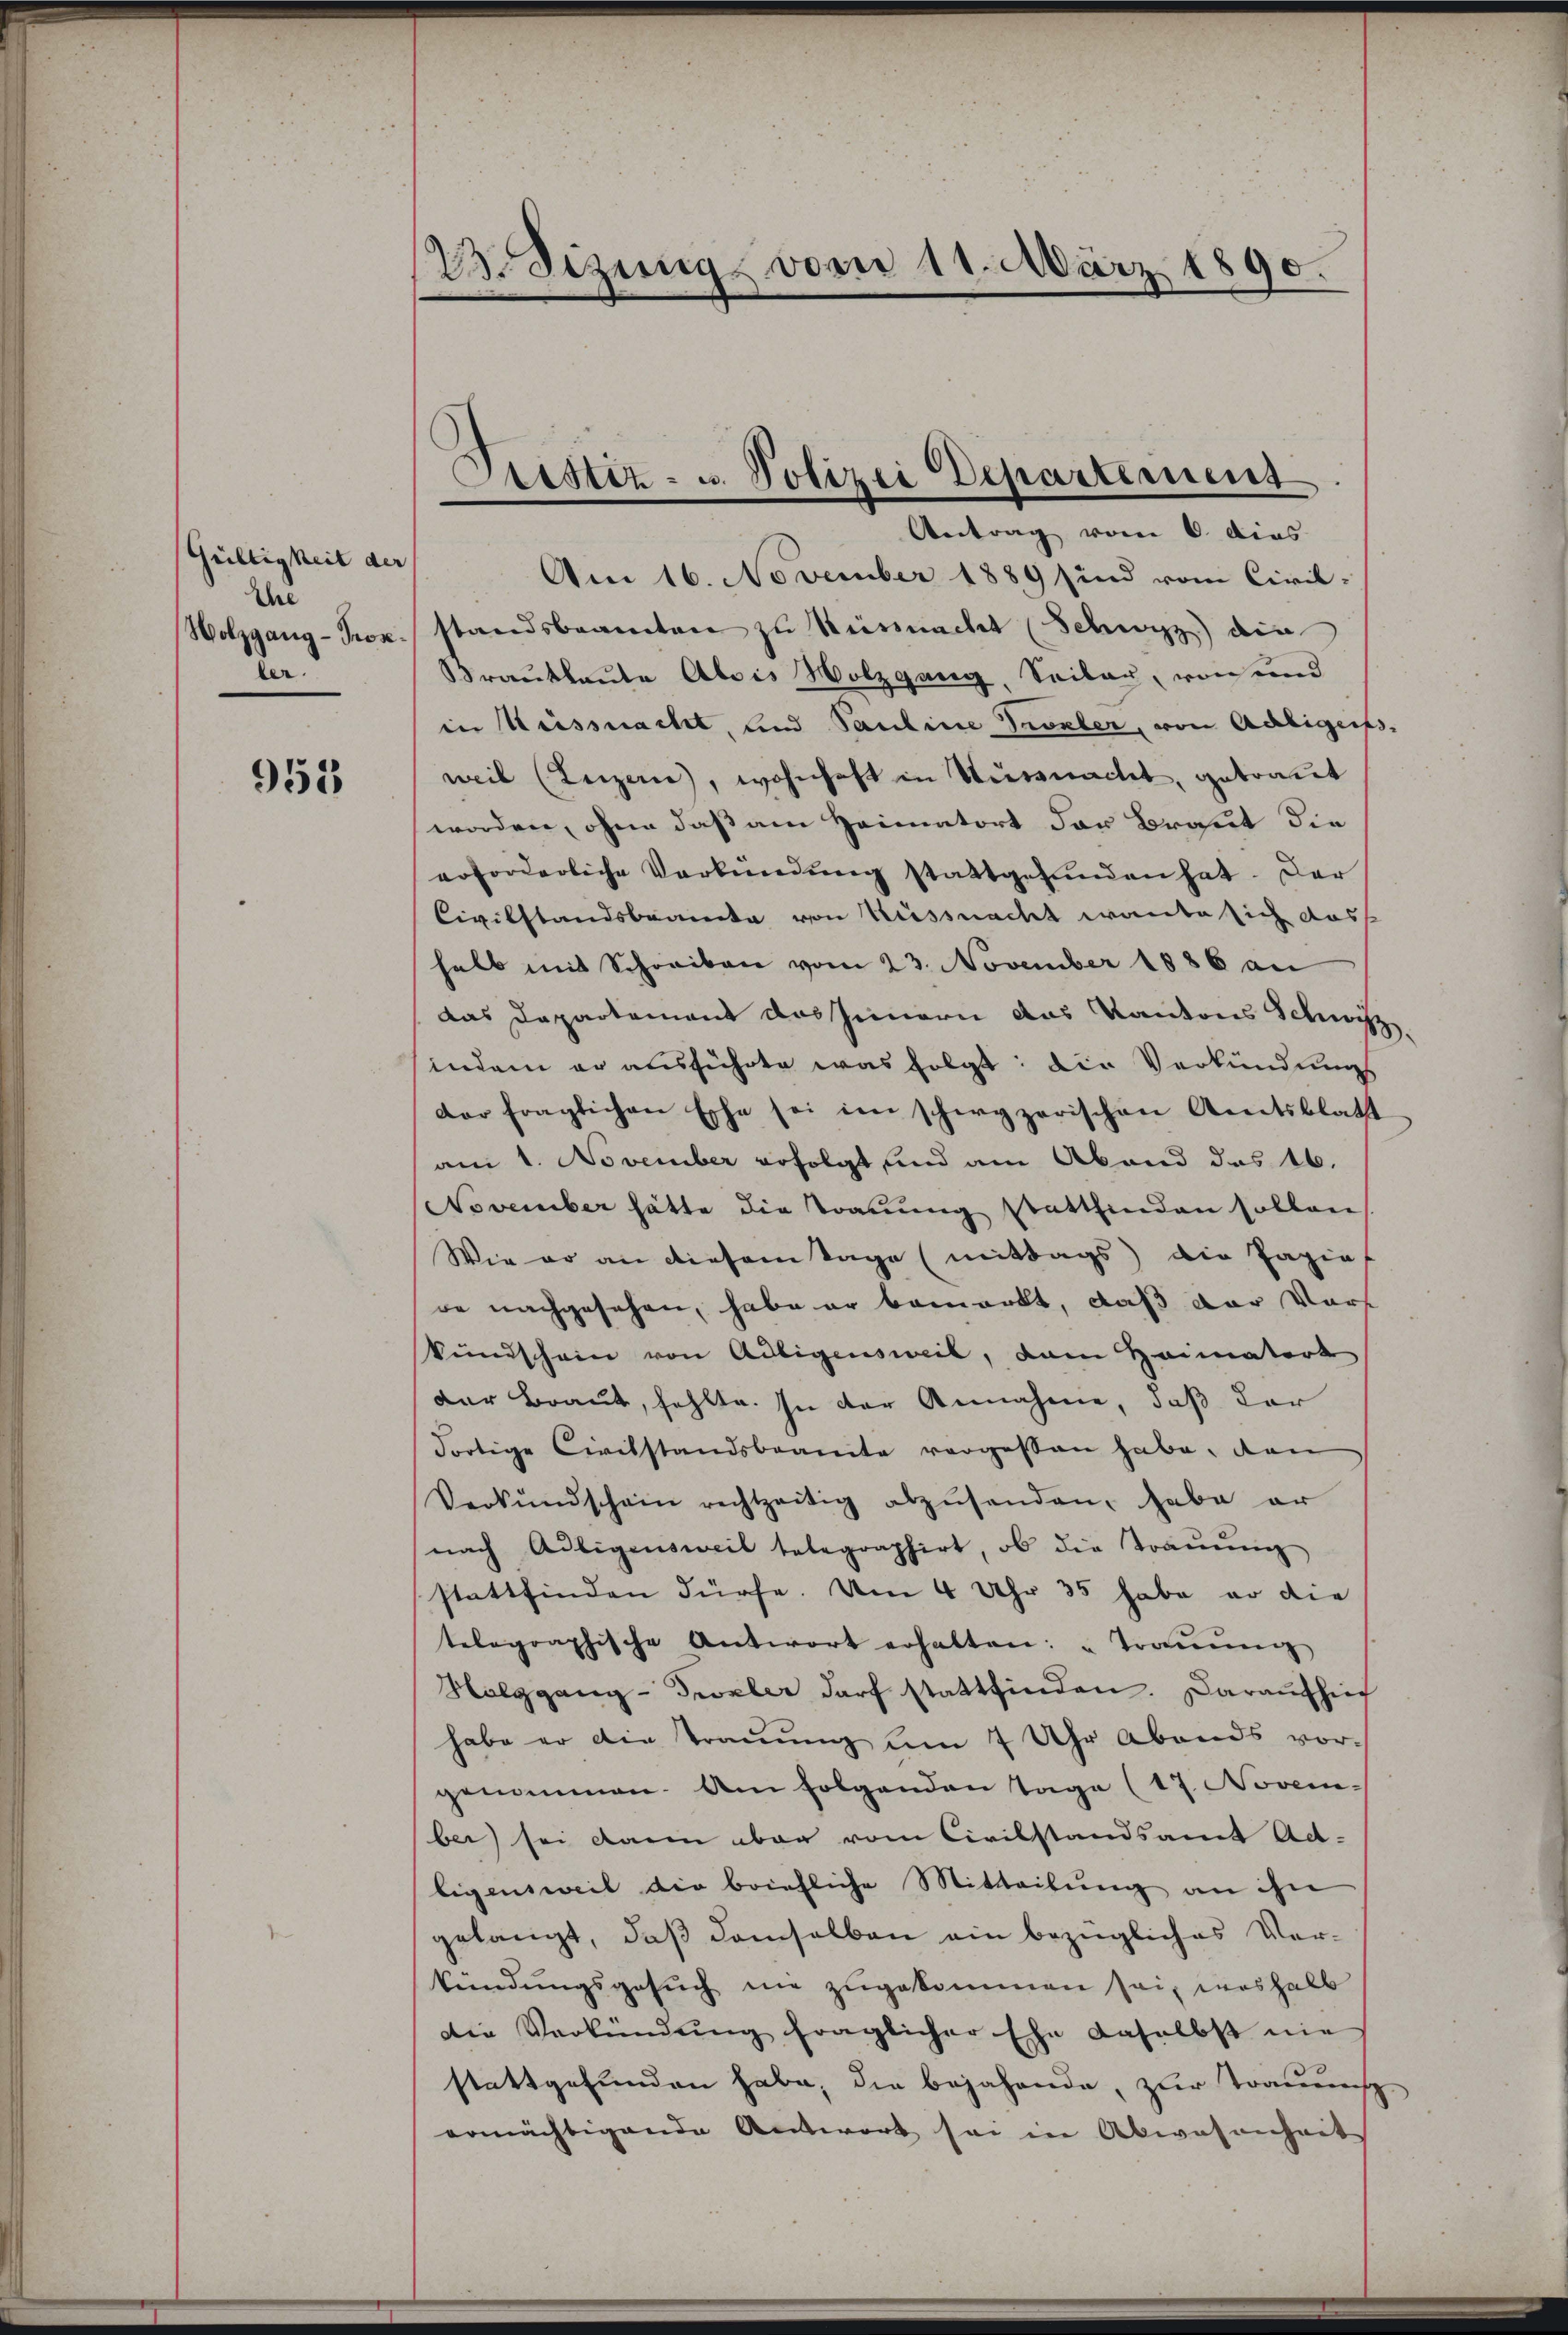
Gültigkeit der
Ihre
Wolzgang - Prok.
ber.

953

2. Sizung vom 11. März 1890.

Fristiz- u. Polizei Departement
Antrag vom 6. dies

Am 16. November 1889 sind vom Civil-
standsbeamten zu Küssnacht (Schwyz) die
Brautleute Abois Holzgang, Seiter, von und
in Weissnacht, und Pauline Probler, von Adligens
weil (Luzern, wohnhaft in Sturmacht, getraut
worden, ohne daß am Heimatort der Braut die
erforderliche Verbindŭng stattgefŭnden hat. Der
Civilstandsbrancke von Küssnacht wante sich dass
halb mit Schreiben vom 23. November 1886 an
das Departement das Innern das Kantons Schwyz,
indem er ausführte was folgt: Die Verkündungs
der fraglichen Esche sei im schwyzerischen Amtsblatt
am 1. November erfolgt und am Aband des 16.
November hätte die Traŭŭng stattfinden sollen
Wie er an diesem Tage (mittags) die Papie
de nachgesehen, habe er bemerkt, daß der Vor
kundschein von Adligensweil, dem Heimatort
Der Braut, fehlte. In der Annahme, daß der
dortige Civilstandsbeamte vergessen habe. Dan
Verkündschein rechtzeitig abzŭsenden, habe er
nach Adligensweil telegraphirt, ob die Trauung
stattfinden dürfe. Um 4 Uhr 35 habe er die
telegraphische Antwort erhalten: "Traŭŭng
Halggang-Trzler darf stattfinden. Daraufhie
habe er die Trauung um 7 Uhr Abends vor-
genommen. Am folgenden Tage (17. Novem-
ber) sei dann aber vom Civilstandsamt Ad-
ligensweil die briefliche Mittheilung an ihn
gelangt, daß demselben ein bezügliches Ver-
kündungsgesŭch nie zugekommen sei, weshalb
die Verkündŭng fraglicher Ehe daselbst nie
stattgefunden habe, die bejahende, zur Trauens
ermächtigende Antwort sei in Abwesenheit